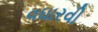
વઘારવી